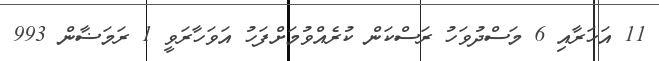
11 އަހަރާއި 6 މަސްދުވަހު ރަސްކަން ކުރެއްވުމަށްފަހު އަވަހާރަވީ 1 ރަމަޟާން 993